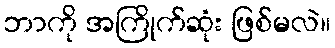
ဘာကို အကြိုက်ဆုံး ဖြစ်မလဲ။